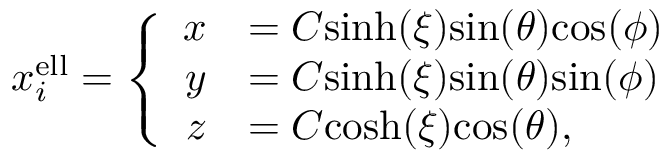
\begin{array} { r } { x _ { i } ^ { \mathrm { e l l } } = \left\{ \begin{array} { r l } { x } & { = C \mathrm { s i n h } ( \xi ) \mathrm { s i n } ( \theta ) \mathrm { c o s } ( \phi ) } \\ { y } & { = C \mathrm { s i n h } ( \xi ) \mathrm { s i n } ( \theta ) \mathrm { s i n } ( \phi ) } \\ { z } & { = C \mathrm { c o s h } ( \xi ) \mathrm { c o s } ( \theta ) , } \end{array} \right. } \end{array}